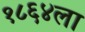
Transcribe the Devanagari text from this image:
१८६४ला